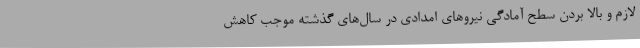
لازم و بالا بردن سطح آمادگی نیروهای امدادی در سال‌های گذشته موجب کاهش